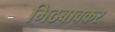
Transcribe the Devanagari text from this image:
मिठबावकर